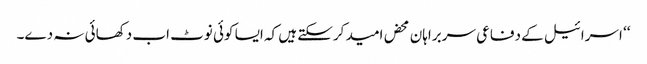
‘‘ اسرائیل کے دفاعی سربراہان محض امید کرسکتے ہیں کہ ایسا کوئی نوٹ اب دکھائی نہ دے۔